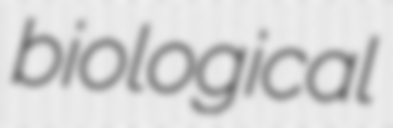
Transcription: biological